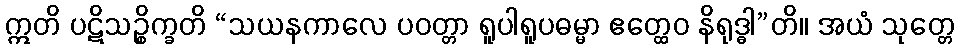
ဣတိ ပဋိသဉ္စိက္ခတိ “သယနကာလေ ပဝတ္တာ ရူပါရူပဓမ္မာ ဧတ္ထေဝ နိရုဒ္ဓါ”တိ။ အယံ သုတ္တေ